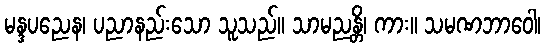
မန္ဒပညေန၊ ပညာနည်းသော သူသည်။ သာမညန္တိ၊ ကား။ သမဏဘာဝေါ၊